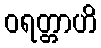
ဝရတ္တာဟိ